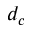
d _ { c }